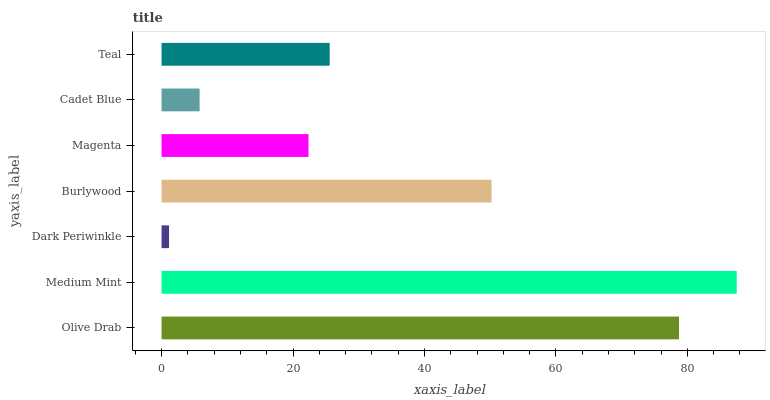
| yaxis_label | bars |
 | --- | --- |
 | Olive Drab | 78.7 |
 | Medium Mint | 87.5 |
 | Dark Periwinkle | 1.14 |
 | Burlywood | 50.2 |
 | Magenta | 22.4 |
 | Cadet Blue | 5.79 |
 | Teal | 25.6 |